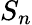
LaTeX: S_{n}